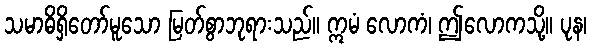
သမာဓိရှိတော်မူသော မြတ်စွာဘုရားသည်။ ဣမံ လောကံ၊ ဤလောကသို့။ ပုန၊